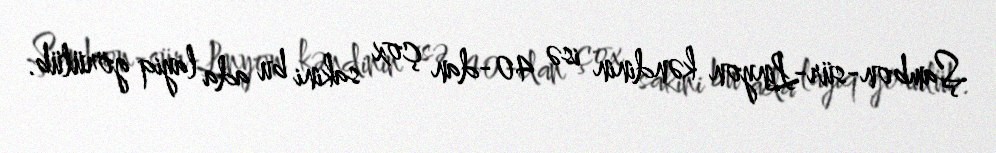
Şambon-sür-Linyon kəndinin isə 40-dan çox sakini bu ada layiq görülüb.